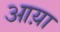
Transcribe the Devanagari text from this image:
आय़ा